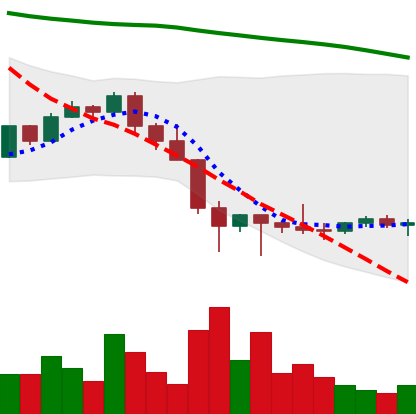
Ticker: LTC-USD
Chart end date: 2022-01-31
Forward return: 11.25%
Label: up_7plus